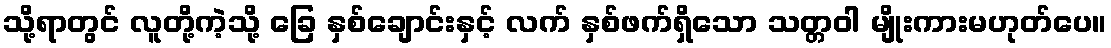
သို့ရာတွင် လူတို့ကဲ့သို့ ခြေ နှစ်ချောင်းနှင့် လက် နှစ်ဖက်ရှိသော သတ္တဝါ မျိုးကားမဟုတ်ပေ။